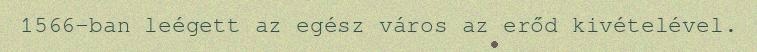
1566-ban leégett az egész város az erőd kivételével.